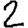
Digit: 2